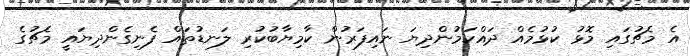
އެ މެޗުގައި މޮޅު ކުޅުމެއް ދައްކަމުންދިޔަ ނައިފަރުން ކާމިޔާބުކުރި ލަނޑުތައް ފެނިގެންދިޔައީ މެޗުގެ